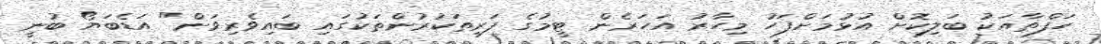
ހަފްތާއަކު ބަލިކޮށް އުޅުމަށްފަހު މިހާރު އަހަރެން ޓީމުގެ ފަރިތަކުރުންތަކުގައި ބައިވެރިވަން" އަޑެބަޔޯ ބުނީ